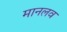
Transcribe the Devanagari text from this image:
मानलव